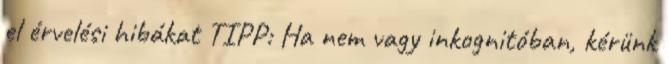
el érvelési hibákat TIPP: Ha nem vagy inkognitóban, kérünk